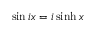
\sin i x = i \sinh x